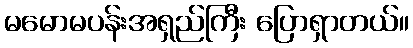
မမောမပန်းအရှည်ကြီး ပြောရှာတယ်။